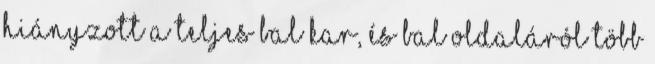
hiányzott a teljes bal kar, és bal oldaláról több